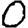
Digit: 0